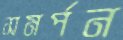
সমর্পন